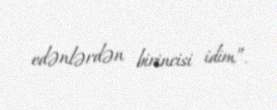
edənlərdən birincisi idim”.